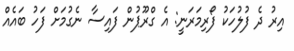
އިރު ދެ ފުލުހަކު ފޯރިމަރަނީ: އެ ގްރޫޕުން ފައިސާ ނެގުމަށް ފަހު ބައެއް